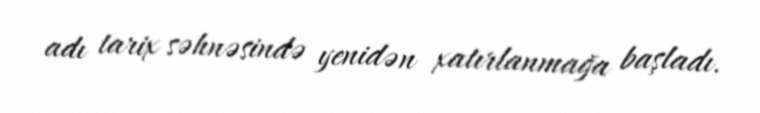
adı tarix səhnəsində yenidən xatırlanmağa başladı.